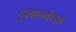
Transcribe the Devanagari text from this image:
दुशान्बेच्या